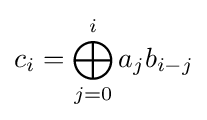
c_{i}=\bigoplus _{j=0}^{i}a_{j}b_{i-j}